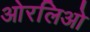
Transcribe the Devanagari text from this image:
ओरलिओ